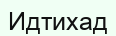
Идтихад